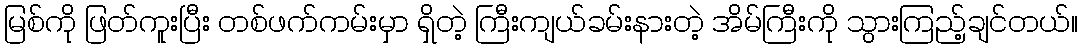
မြစ်ကို ဖြတ်ကူးပြီး တစ်ဖက်ကမ်းမှာ ရှိတဲ့ ကြီးကျယ်ခမ်းနားတဲ့ အိမ်ကြီးကို သွားကြည့်ချင်တယ်။